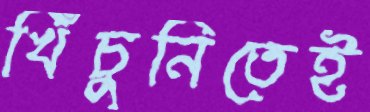
খিঁচুনিতেই